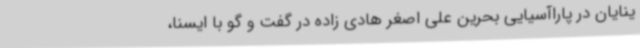
ینایان در پاراآسیایی بحرین علی اصغر هادی زاده در گفت و گو با ایسنا،